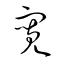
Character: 寛